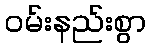
ဝမ်းနည်းစွာ